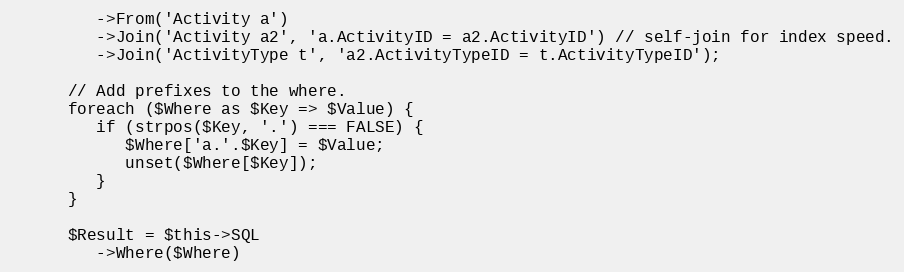
Language: PHP
         ->From('Activity a')
         ->Join('Activity a2', 'a.ActivityID = a2.ActivityID') // self-join for index speed.
         ->Join('ActivityType t', 'a2.ActivityTypeID = t.ActivityTypeID');

      // Add prefixes to the where.
      foreach ($Where as $Key => $Value) {
         if (strpos($Key, '.') === FALSE) {
            $Where['a.'.$Key] = $Value;
            unset($Where[$Key]);
         }
      }

      $Result = $this->SQL
         ->Where($Where)